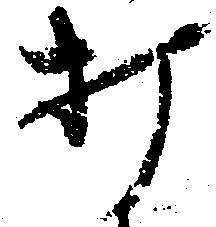
打